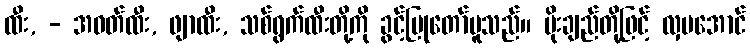
ထီး, - အဝတ်ထီး, ဖျာထီး, သစ်ရွက်ထီးတို့ကို ခွင့်ပြုတော်မူသည်။ ပိုးချည်တို့ဖြင့် လှပအောင်